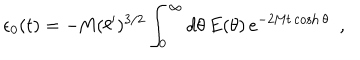
\epsilon _ { 0 } ( t ) = - \textrm { M } ( \ell ^ { \prime } ) ^ { 3 / 2 } \int _ { 0 } ^ { \infty } d \theta \, E ( \theta ) \, e ^ { - 2 \textrm { M } t \cosh \theta } \, \, \, ,